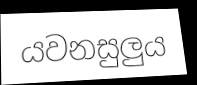
යවනසුලුය